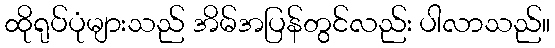
ထိုရုပ်ပုံများသည် အိမ်အပြန်တွင်လည်း ပါလာသည်။